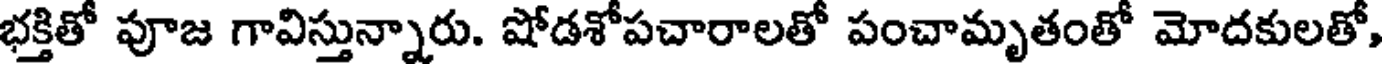
భక్తితో పూజ గావిస్తున్నారు. షోడశోపచారాలతో పంచామృతంతో మోదకులతో,